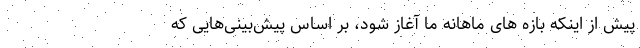
پیش از اینکه بازه های ماهانه ما آغاز شود، بر اساس پیش‌بینی‌هایی که